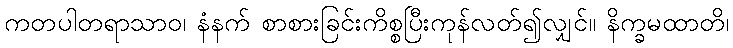
ကတပါတရာသာဝ၊ နံနက် စာစားခြင်းကိစ္စပြီးကုန်လတ်၍လျှင်။ နိက္ခမထာတိ၊